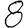
Digit: 8